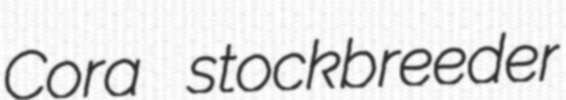
Cora stockbreeder